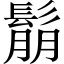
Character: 鬅